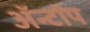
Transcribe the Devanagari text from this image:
ॲन्टॉप